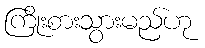
ကြိုးစားသွားမည်ဟု